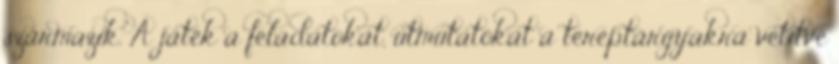
származik. A játék a feladatokat, útmutatókat a tereptárgyakra vetítve